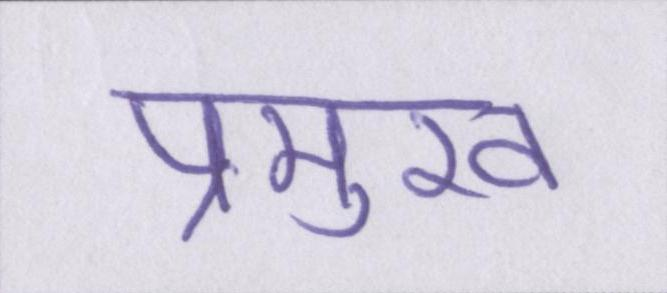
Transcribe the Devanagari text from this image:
प्रमुख